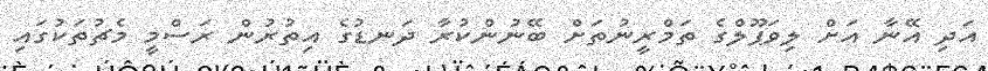
އަދި އޭނާ އަށް ލިވަޕޫލްގެ ތަމްރީނުތަަށް ބޭނުންކުރާ ދަނޑުގެ އިތުރުން ރަސްމީ މެޗުތަކުގައި